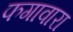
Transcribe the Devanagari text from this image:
फगावारा